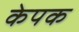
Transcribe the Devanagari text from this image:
केपक